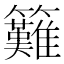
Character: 𥸁